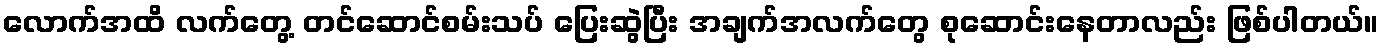
လောက်အထိ လက်တွေ့ တင်ဆောင်စမ်းသပ် ပြေးဆွဲပြီး အချက်အလက်တွေ စုဆောင်းနေတာလည်း ဖြစ်ပါတယ်။